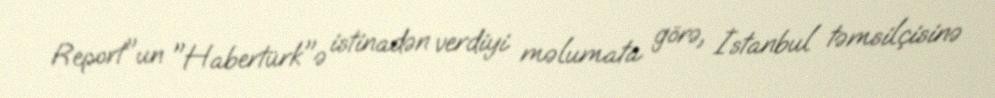
Report"un "Habertürk"ə istinadən verdiyi məlumata görə, İstanbul təmsilçisinə